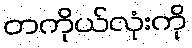
တကိုယ်လုံးကို